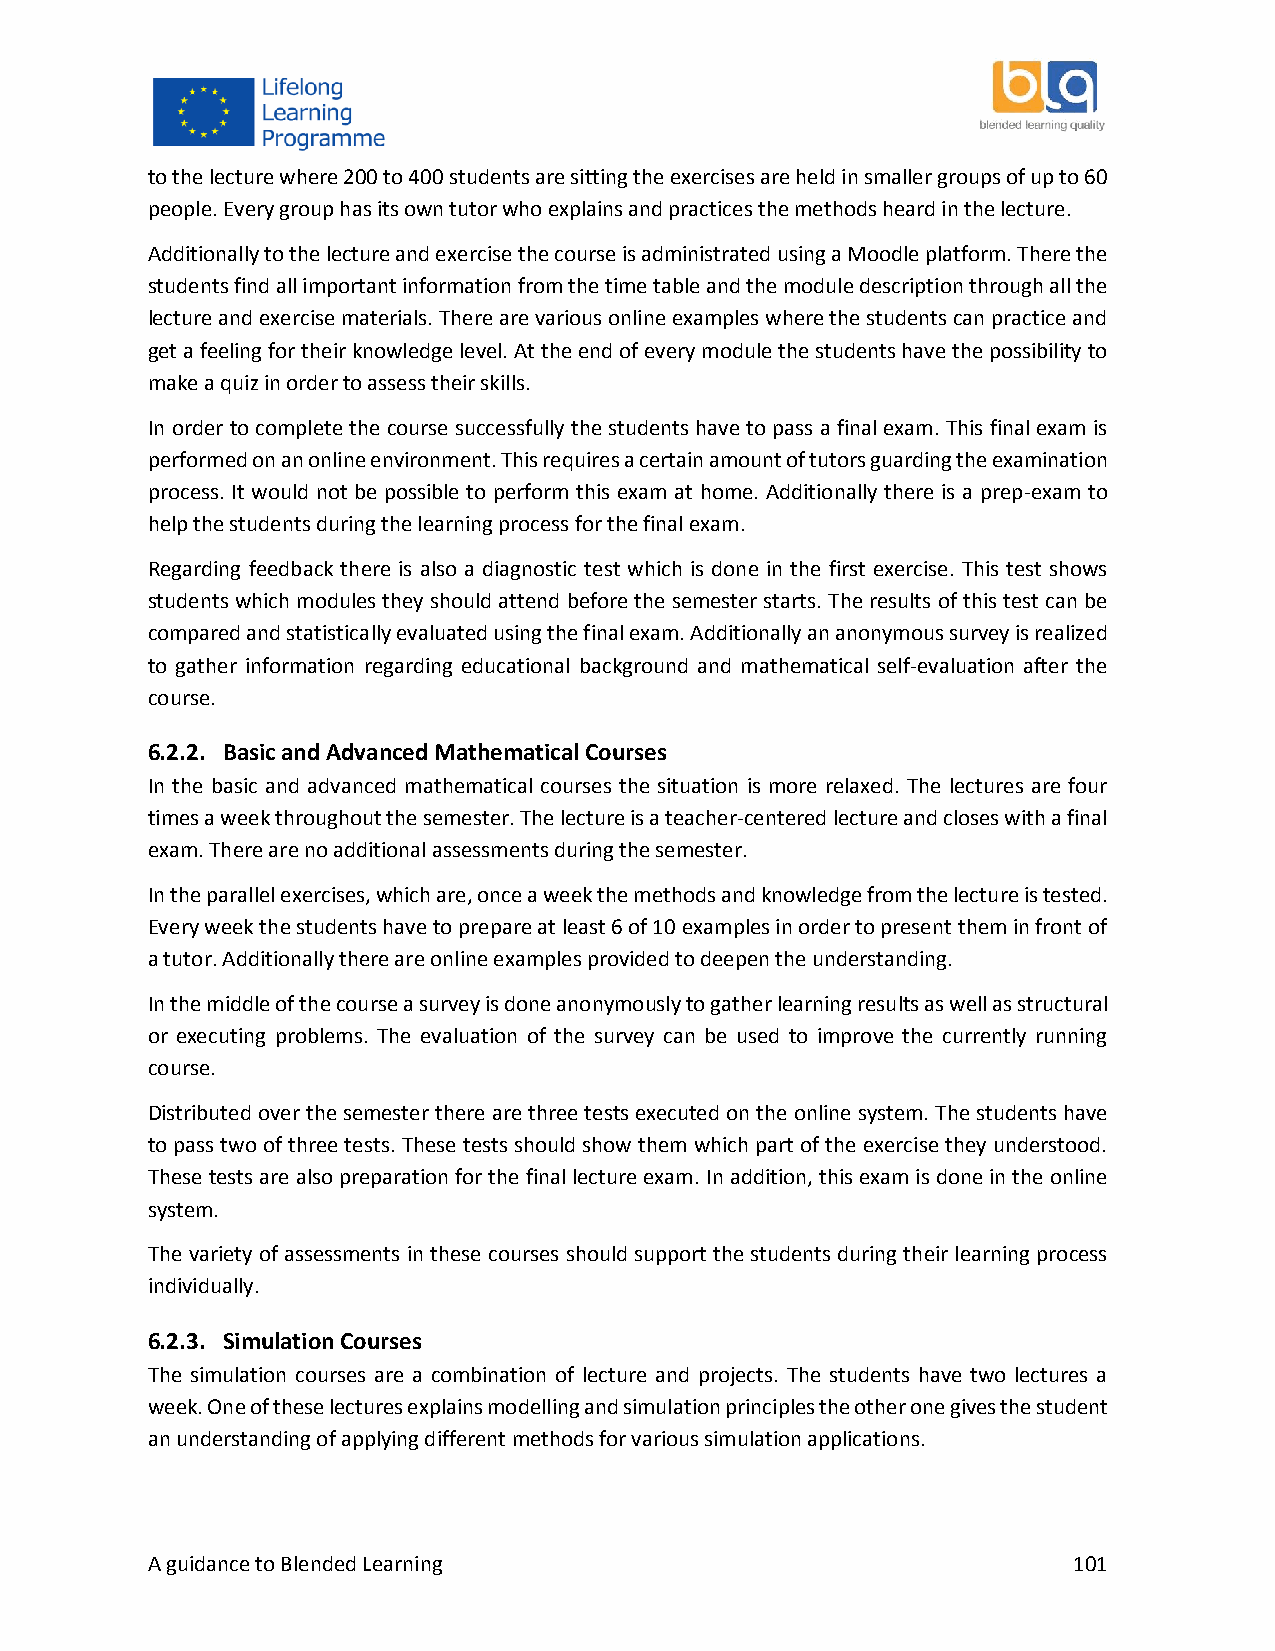
to the lecture where 200 to 400 students are sitting the exercises are held in smaller groups of up to 60
 people. Every group has its own tutor who explains and practices the methods heard in the lecture.
 Additionally to the lecture and exercise the course is administrated using a Moodle platform. There the
 students find all important information from the time table and the module description through all the
 lecture and exercise materials. There are various online examples where the students can practice and
 get a feeling for their knowledge level. At the end of every module the students have the possibility to
 make a quiz in order to assess their skills.
 In order to complete the course successfully the students have to pass a final exam. This final exam is
 performed on an online environment. This requires a certain amount of tutors guarding the examination
 process. It would not be possible to perform this exam at home. Additionally there is a prep-exam to
 help the students during the learning process for the final exam.
 Regarding feedback there is also a diagnostic test which is done in the first exercise. This test shows
 students which modules they should attend before the semester starts. The results of this test can be
 compared and statistically evaluated using the final exam. Additionally an anonymous survey is realized
 to gather information regarding educational background and mathematical self-evaluation after the
 course.
 6.2.2. Basic and Advanced Mathematical Courses
 In the basic and advanced mathematical courses the situation is more relaxed. The lectures are four
 times a week throughout the semester. The lecture is a teacher-centered lecture and closes with a final
 exam. There are no additional assessments during the semester.
 In the parallel exercises, which are, once a week the methods and knowledge from the lecture is tested.
 Every week the students have to prepare at least 6 of 10 examples in order to present them in front of
 a tutor. Additionally there are online examples provided to deepen the understanding.
 In the middle of the course a survey is done anonymously to gather learning results as well as structural
 or executing problems. The evaluation of the survey can be used to improve the currently running
 course.
 Distributed over the semester there are three tests executed on the online system. The students have
 to pass two of three tests. These tests should show them which part of the exercise they understood.
 These tests are also preparation for the final lecture exam. In addition, this exam is done in the online
 system.
 The variety of assessments in these courses should support the students during their learning process
 individually.
 6.2.3. Simulation Courses
 The simulation courses are a combination of lecture and projects. The students have two lectures a
 week. One of these lectures explains modelling and simulation principles the other one gives the student
 an understanding of applying different methods for various simulation applications.
 A guidance to Blended Learning                               101